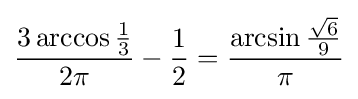
{{3\arccos {1 \over 3}} \over {2\pi }}-{1 \over 2}={\arcsin {{\sqrt {6}} \over 9} \over \pi }